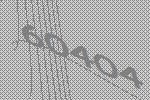
60404